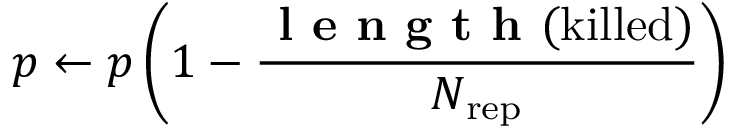
p \leftarrow p \left( 1 - \frac { \mathrm { \textbf { l e n g t h } ( \mathrm { k i l l e d } ) } } { N _ { \mathrm { r e p } } } \right)